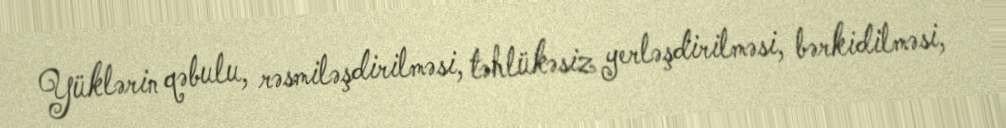
Yüklərin qəbulu, rəsmiləşdirilməsi, təhlükəsiz yerləşdirilməsi, bərkidilməsi,